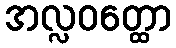
အလ္လဝတ္ထော